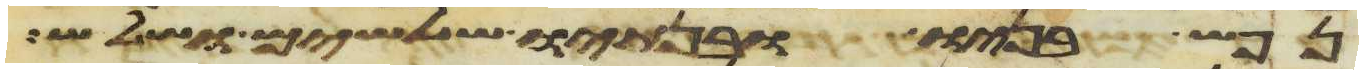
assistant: נפש בניו ובנתיו שלשים ושלש